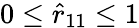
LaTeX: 0\le\hat{r}_{11}\le 1